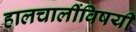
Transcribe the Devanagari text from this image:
हालचालींविषयी